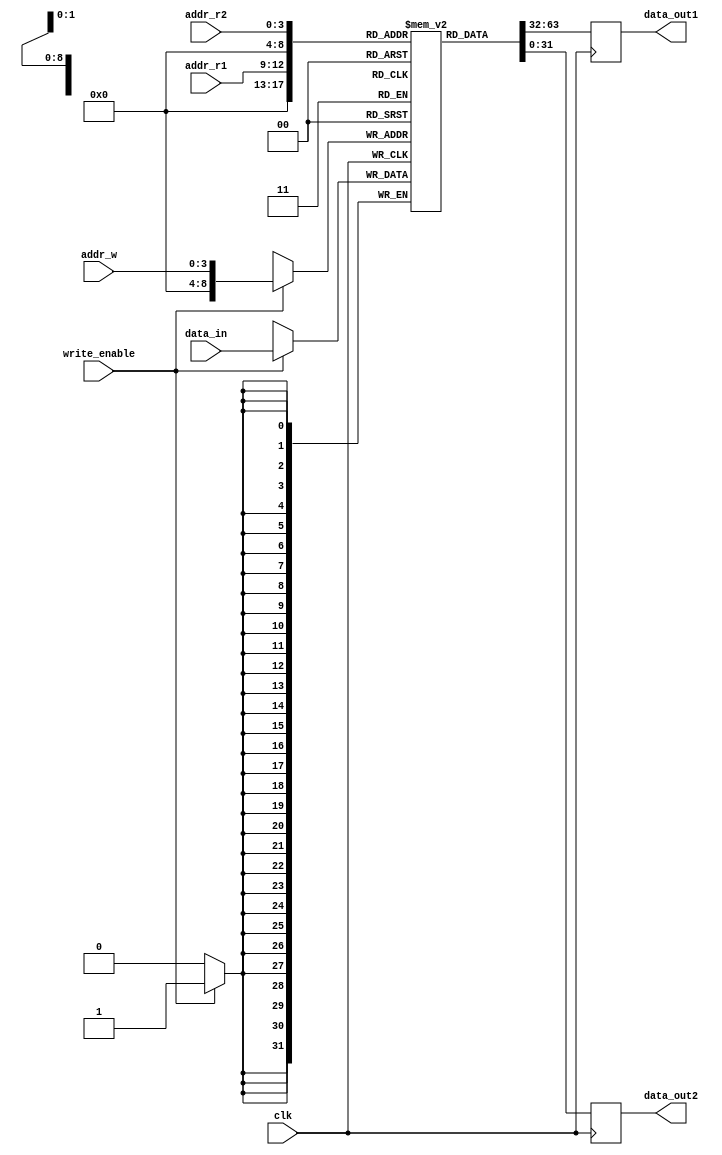
module RegisterFile (
    input wire clk,
    input wire [3:0] addr_r1,
    input wire [3:0] addr_r2,
    input wire [3:0] addr_w,
    input wire [31:0] data_in,
    input wire write_enable,
    output wire [31:0] data_out1,
    output wire [31:0] data_out2
);

reg [31:0] mem [0:15][0:31];
wire [31:0] data_out1;
wire [31:0] data_out2;

always @(posedge clk) begin
    if (write_enable) begin
        mem[addr_w] <= data_in;
    end
    data_out1 <= mem[addr_r1];
    data_out2 <= mem[addr_r2];
end

endmodule